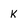
Character: k